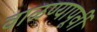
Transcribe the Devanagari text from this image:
वाळण्यापूर्वी